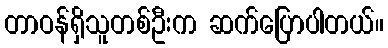
တာဝန်ရှိသူတစ်ဦးက ဆက်ပြောပါတယ်။